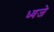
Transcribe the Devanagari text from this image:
ध्वजे